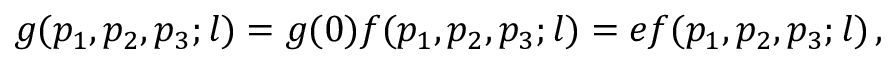
g ( p _ { 1 } , p _ { 2 } , p _ { 3 } ; l ) = g ( 0 ) f ( p _ { 1 } , p _ { 2 } , p _ { 3 } ; l ) = e f ( p _ { 1 } , p _ { 2 } , p _ { 3 } ; l ) \, ,